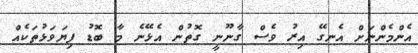
އެންމެންނަށް އެނގޭ އިރު ވެސް ގާނޫނީ ގޮތުން އެޅޭނެ މާ ބޮޑު ފިޔަވަޅުތަކެއް